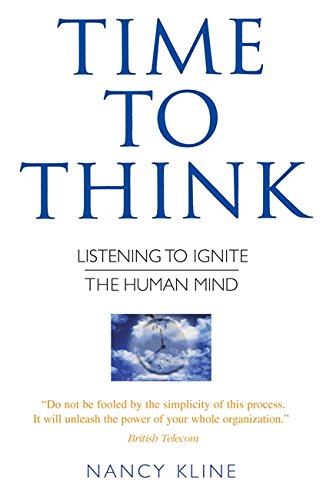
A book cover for Time to Think: Listening to Ignite the Human Mind; Nancy Kline; Politics & Social Sciences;